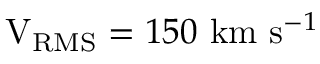
\mathrm { V _ { R M S } } = 1 5 0 ~ \mathrm { k m } ~ \mathrm { s } ^ { - 1 }